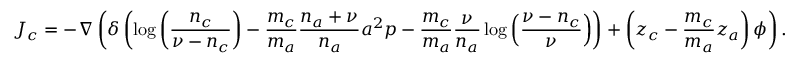
J _ { c } = - \nabla \left( \delta \left( \log { \left( \frac { n _ { c } } { \nu - n _ { c } } \right) } - \frac { m _ { c } } { m _ { a } } \frac { n _ { a } + \nu } { n _ { a } } a ^ { 2 } p - \frac { m _ { c } } { m _ { a } } \frac { \nu } { n _ { a } } \log { \left( \frac { \nu - n _ { c } } { \nu } \right) } \right) + \left( z _ { c } - \frac { m _ { c } } { m _ { a } } z _ { a } \right) \phi \right) .